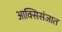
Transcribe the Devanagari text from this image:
आक्सिसंजात